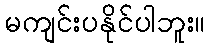
မကျင်းပနိုင်ပါဘူး။